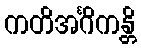
ကတိအင်္ဂိကန္တိ